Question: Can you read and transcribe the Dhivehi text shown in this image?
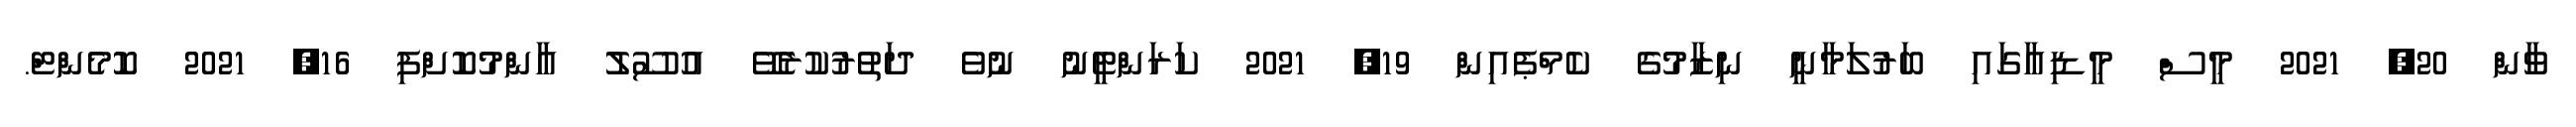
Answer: ވާން 20, 2021 މީސް މީޑިއާގައި ބަރުލަމާނީ ނިޒާމުގެ ކެމްޕެއިން 19, 2021 ކަރަންޓީނު ނުވެ ދަތުރުކުރެވޭ އުސޫލު އާންމުކޮށްފި 16, 2021 ކޮމެންޓް.